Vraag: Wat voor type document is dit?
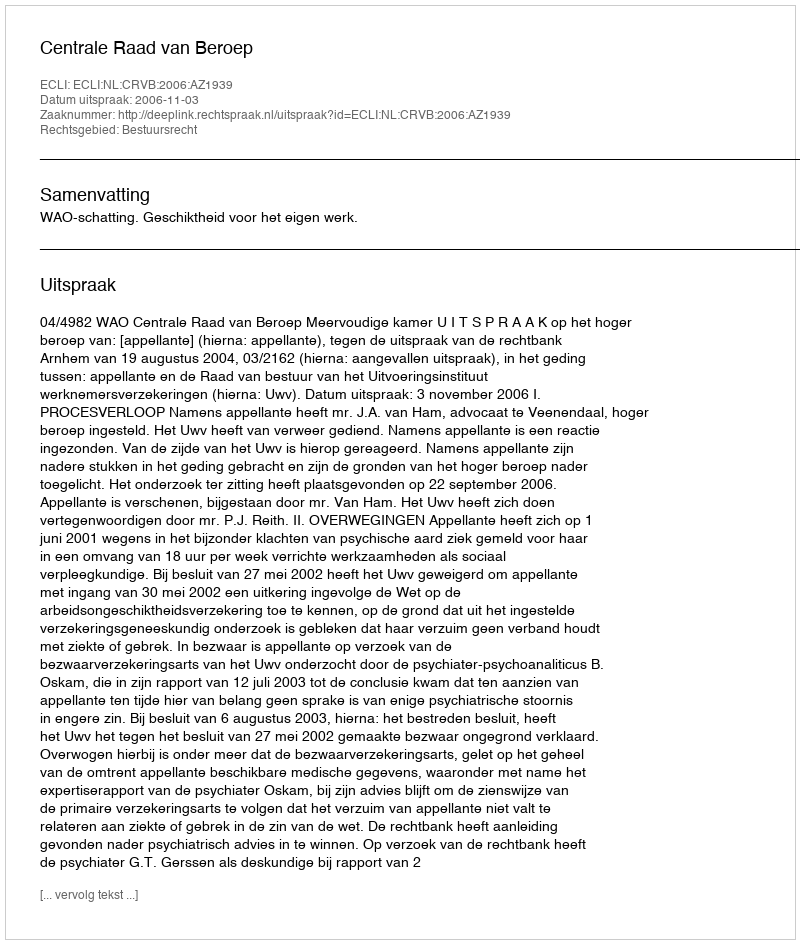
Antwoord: Uitspraak